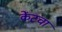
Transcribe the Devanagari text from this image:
केंटचा